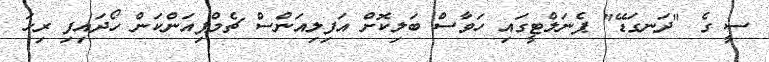
ސީ ގެ "ދަނގަޑޭ" ޕެނަލްޓީގައި ހަވާސް ބަލިކޮށް އަފިލިއަންސް ޗެމްޕިއަންކަން ހޯދައިފި ރިހަ